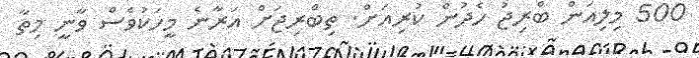
500 މިލިއަން ބްރިޖު ހެދުން ކުރިއަށް. ތިބްރިޖަށް އަރާނެ މީހަކުވެސް ވާނީ މިތާ